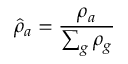
\hat { \rho } _ { a } = \frac { \rho _ { a } } { \sum _ { g } \rho _ { g } }